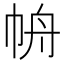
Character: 𱜥